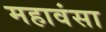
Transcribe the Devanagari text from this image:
महावंसा